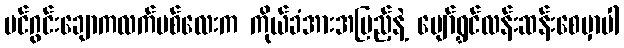
ပင်ဂွင်းချောကလက်မစ်လေးက ကိုယ်ခံအားအပြည့်နဲ့ ပျော်ရွှင်လန်းဆန်းစေမှာပါ